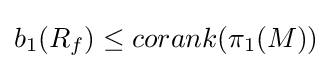
b_{1}(R_{f})\leq corank(\pi _{1}(M))